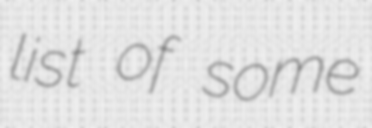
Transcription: list of some